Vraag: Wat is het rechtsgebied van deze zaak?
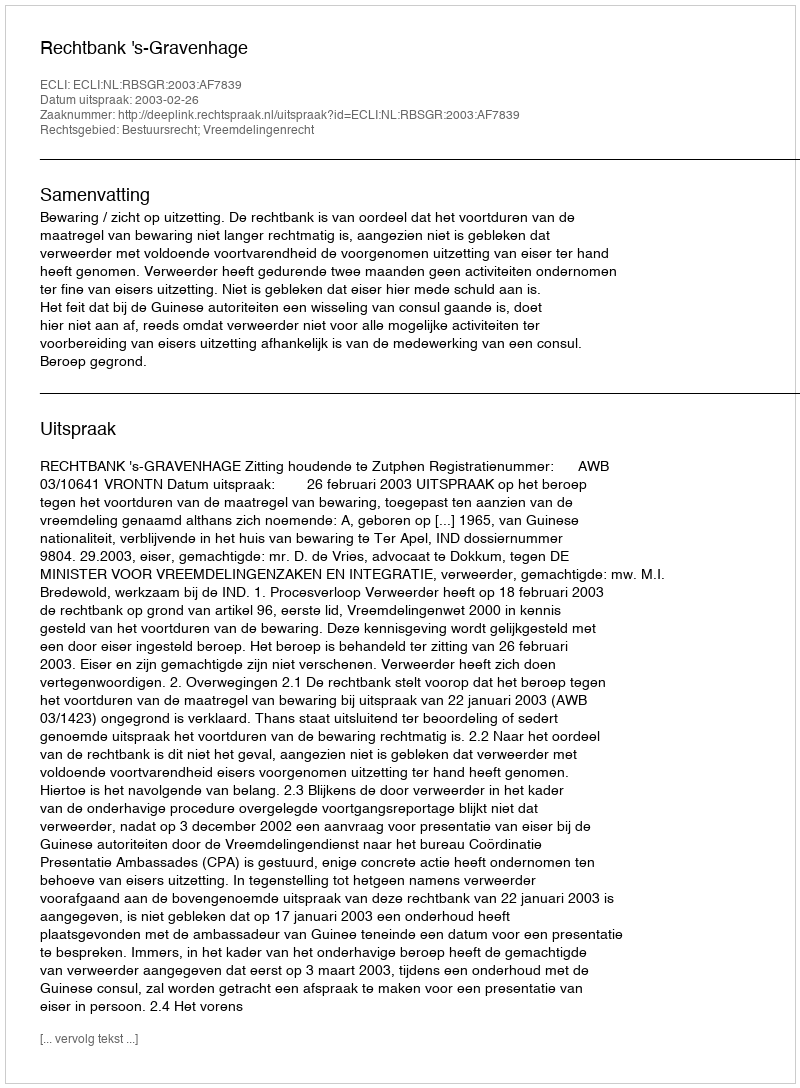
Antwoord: Bestuursrecht; Vreemdelingenrecht